Report on lock hospitals in British Burma
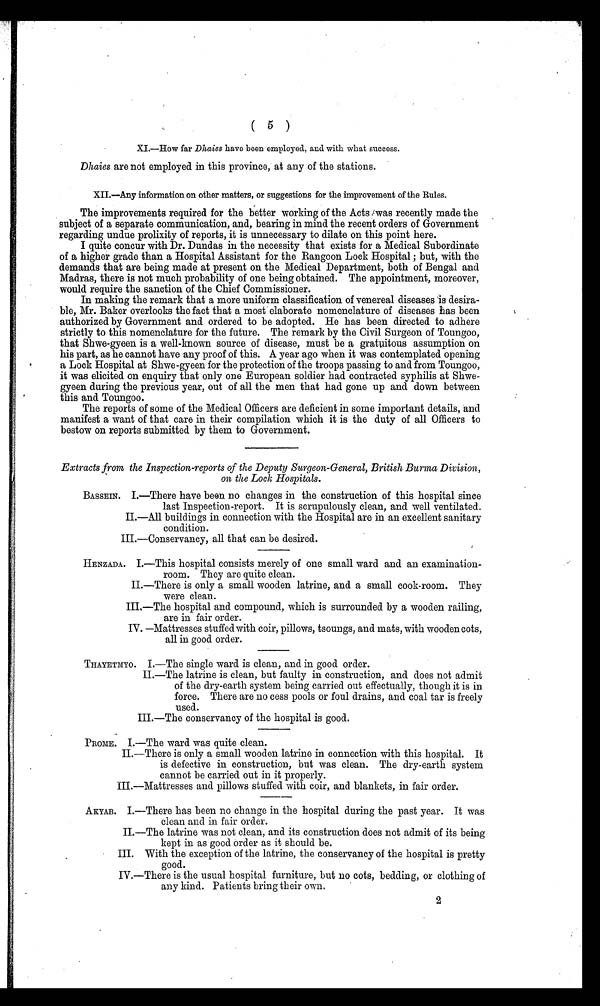
( 5 )
XI.—How far Dhaies have been employed, and with what success.
Dhaies are not employed in this province, at any of the stations.
XII.—Any information on other matters, or suggestions for the improvement of the Rules.
The improvements required for the better working of the Acts was recently made the
subject of a separate communication, and, bearing in mind the recent orders of Government
regarding undue prolixity of reports, it is unnecessary to dilate on this point here.
I quite concur with Dr. Dundas in the necessity that exists for a Medical Subordinate
of a higher grade than a Hospital Assistant for the Rangoon Lock Hospital ; but, with the
demands that are being made at present on the Medical Department, both of Bengal and
Madras, there is not much probability of one being obtained. The appointment, moreover,
would require the sanction of the Chief Commissioner.
In making the remark that a more uniform classification of venereal diseases is desira-
ble, Mr. Baker overlooks the fact that a most elaborate nomenclature of diseases has been
authorized by Government and ordered to be adopted. He has been directed to adhere
strictly to this nomenclature for the future. The remark by the Civil Surgeon of Toungoo,
that Shwe-gyeen is a well-known source of disease, must be a gratuitous assumption on
his part, as he cannot have any proof of this. A year ago when it was contemplated opening
a Lock Hospital at Shwe-gyeen for the protection of the troops passing to and from Toungoo,
it was elicited on enquiry that only one European soldier had contracted syphilis at Shwe-
gyeen during the previous year, out of all the men that had gone up and down between
this and Toungoo.
The reports of some of the Medical Officers are deficient in some important details, and
manifest a want of that care in their compilation which it is the duty of all Officers to
bestow on reports submitted by them to Government.
Extracts from the Inspection-reports of the Deputy Surgeon-General, British Burma Division,
on the Lock Hospitals.
BASSEIN. I.—There have been no changes in the construction of this hospital since
last Inspection-report. It is scrupulously clean, and well ventilated.
II.—All buildings in connection with the Hospital are in an excellent sanitary
condition.
III.—Conservancy, all that can be desired.
HENZADA. I.—This hospital consists merely of one small ward and an examination-
room. They are quite clean.
II.—There is only a small wooden latrine, and a small cook-room. They
were clean.
III.—The hospital and compound, which is surrounded by a wooden railing,
are in fair order.
IV. —Mattresses stuffed with coir, pillows, tsoungs, and mats, with wooden cots,
all in good order.
THAYETMYO. I.—The single ward is clean, and in good order.
II.—The latrine is clean, but faulty in construction, and does not admit
of the dry-earth system being carried out effectually, though it is in
force. There are no cess pools or foul drains, and coal tar is freely
used.
III.—The conservancy of the hospital is good.
PROME. I.—The ward was quite clean.
II.—There is only a small wooden latrine in connection with this hospital. It
is defective in construction, but was clean. The dry-earth system
cannot be carried out in it properly.
III.—Mattresses and pillows stuffed with coir, and blankets, in fair order.
AKYAB. I.—There has been no change in the hospital during the past year. It was
clean and in fair order.
II.—The latrine was not clean, and its construction does not admit of its being
kept in as good order as it should be.
III. With the exception of the latrine, the conservancy of the hospital is pretty
good.
IV.—There is the usual hospital furniture, but no cots, bedding, or clothing of
any kind. Patients bring their own.
2